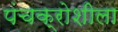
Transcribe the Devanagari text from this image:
पंचक्रोशीला